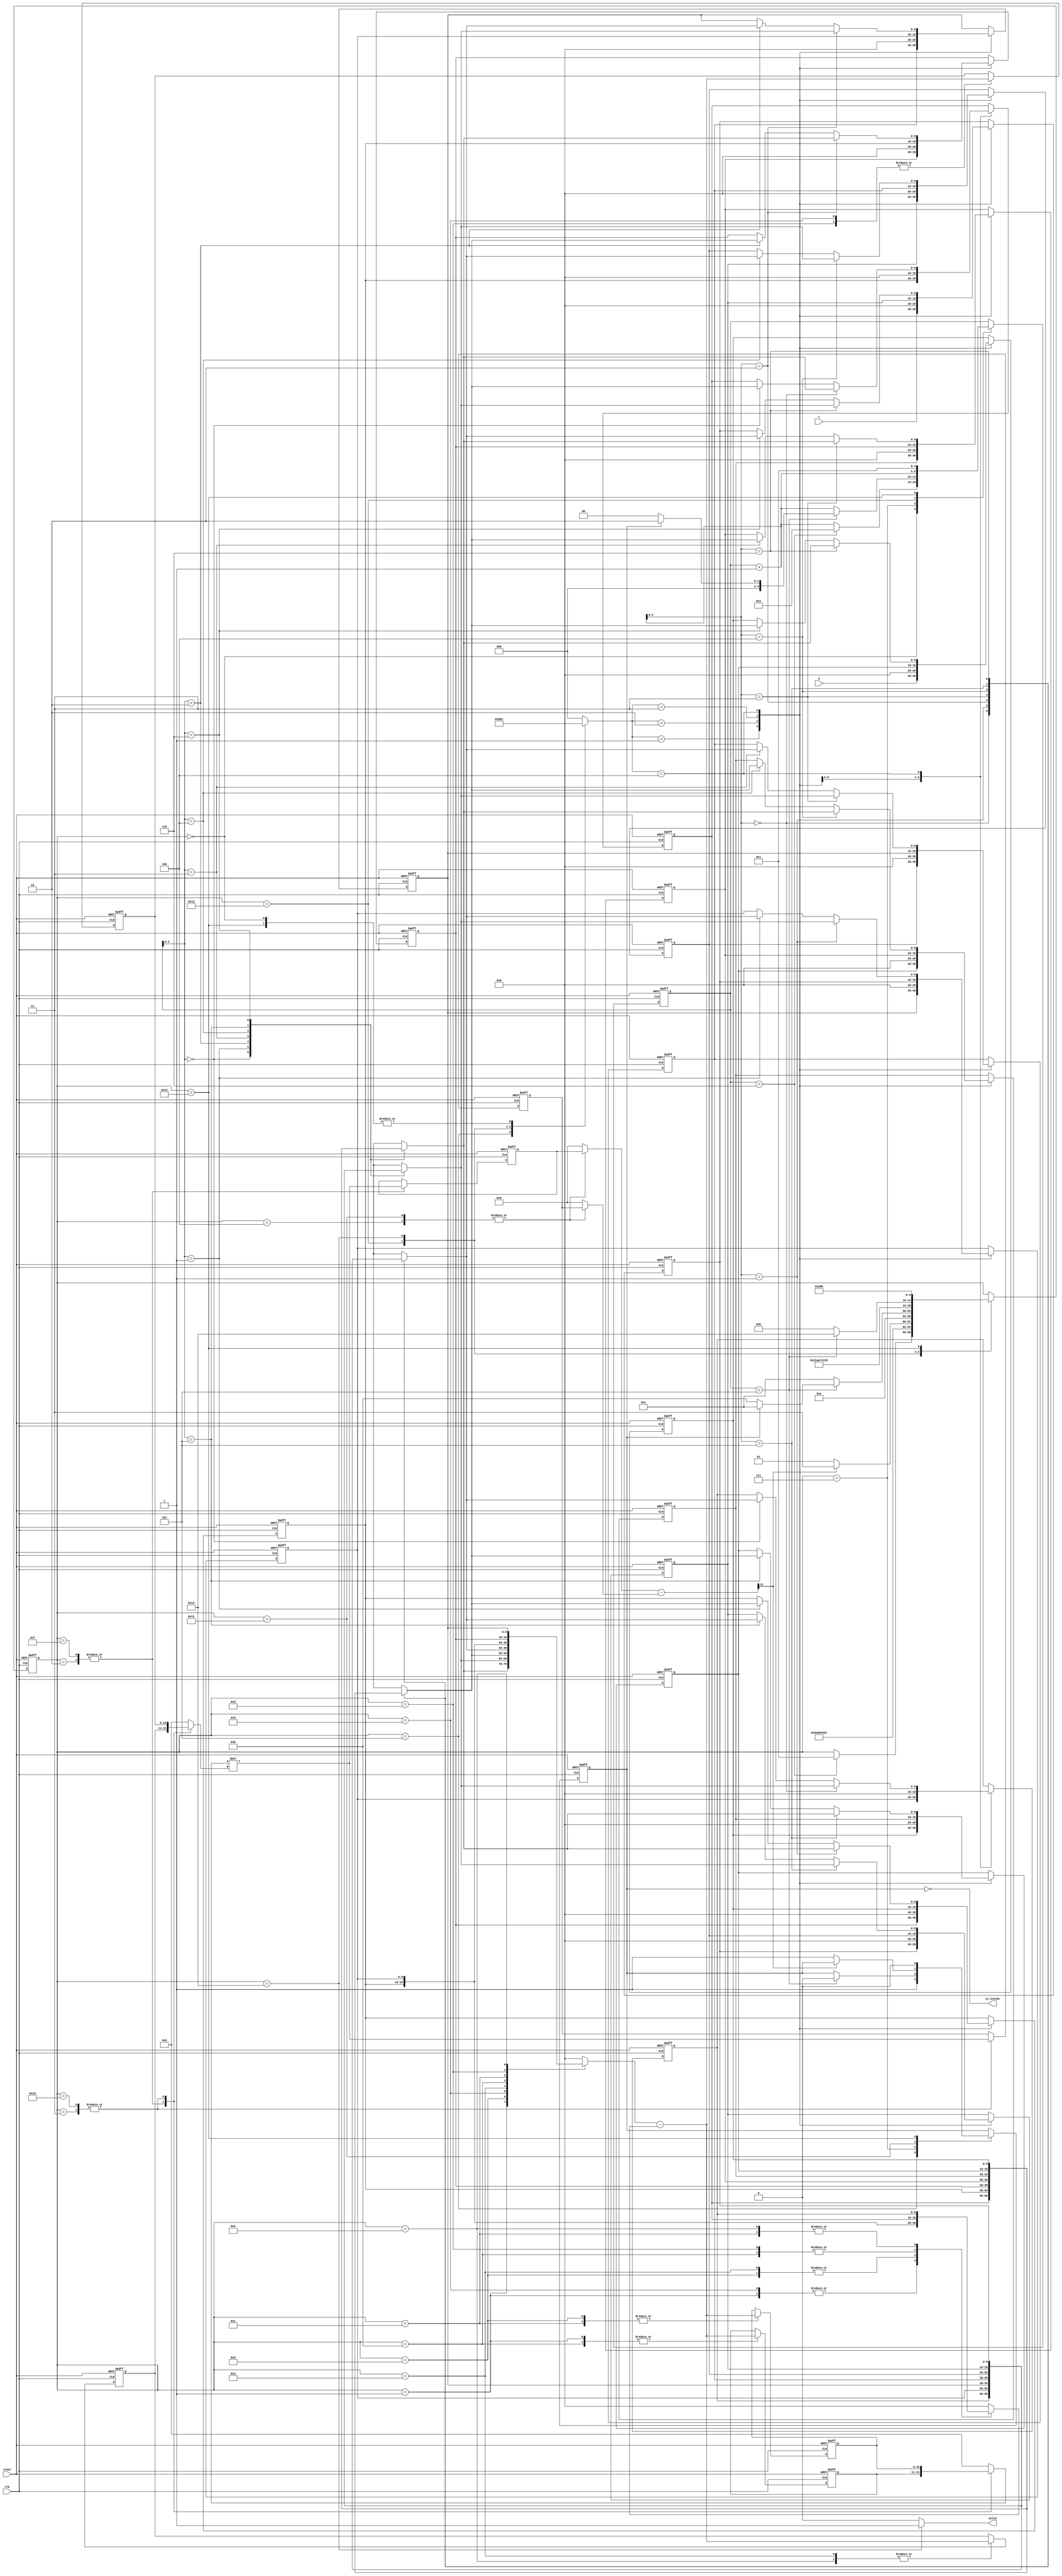
/******************************************************************/
//MODULE:		geofence
//VERSION:		1.0
//CODE TYPE:	RTL
//DESCRIPTION:	2021 University/College IC Design Contest
//
//MODIFICATION HISTORY:
// VERSION Date Description
// 1.0 03/24/2021 testpattern all pass
/******************************************************************/
module geofence ( clk,reset,X,Y,valid,is_inside);
input clk;
input reset;
input [9:0] X;
input [9:0] Y;
output reg valid;
output is_inside;

reg [9:0]x_data[6:0];
reg [9:0]y_data[6:0];
reg [2:0]data_mode;
reg signed [10:0]ax,ay,bx,by;
reg signed [10:0]ax_next,ay_next,bx_next,by_next;
reg fit,fit_next;

reg signed [21:0]ax_by,ay_bx;
reg signed [21:0]ax_by_next,ay_bx_next;

wire signed [21:0]ans;
reg [4:0]count,count_next;
reg [4:0]fsm,fsm_next;

reg signed [10:0]xinA,xinB;
wire signed [21:0]xans;
assign xans = xinA * xinB;

wire [4:0]count_ans,count2;
assign count_ans = count + 5'd1;
assign count2 = count + 5'd2;

reg [21:0]sainA,sainB;
wire [21:0]saans;
assign saans = sainA - sainB;

reg [9:0]sbinA,sbinB;
wire [10:0]sbans;
assign sbans = sbinA - sbinB;

assign is_inside = ~fit;


always@(posedge clk,posedge reset)
if(reset)
begin
	x_data[0] <= 10'd0;
	x_data[1] <= 10'd0;
	x_data[2] <= 10'd0;
	x_data[3] <= 10'd0;
	x_data[4] <= 10'd0;
	x_data[5] <= 10'd0;
	x_data[6] <= 10'd0;
	y_data[0] <= 10'd0;
	y_data[1] <= 10'd0;
	y_data[2] <= 10'd0;
	y_data[3] <= 10'd0;
	y_data[4] <= 10'd0;
	y_data[5] <= 10'd0;
	y_data[6] <= 10'd0;
	
	ax <= 11'd0;
	ay <= 11'd0;
	bx <= 11'd0;
	by <= 11'd0;
	count <= 5'd0;
	fsm <= 5'd0;
	ax_by <= 22'd0;
	ay_bx <= 22'd0;
	fit <= 1'b0; 
end
else
begin
	ax <= ax_next;
	ay <= ay_next;
	bx <= bx_next;
	by <= by_next;
	count <= count_next;
	fsm <= fsm_next;
	ax_by <= ax_by_next;
	ay_bx <= ay_bx_next;
	fit <= fit_next;
	
	case(data_mode)	//synopsys parallel_case
		default:
		begin
			x_data[0] <= x_data[0];
			x_data[1] <= x_data[1];
			x_data[2] <= x_data[2];
			x_data[3] <= x_data[3];
			x_data[4] <= x_data[4];
			x_data[5] <= x_data[5];
			x_data[6] <= x_data[6];
			             
			y_data[0] <= y_data[0];
			y_data[1] <= y_data[1];
			y_data[2] <= y_data[2];
			y_data[3] <= y_data[3];
			y_data[4] <= y_data[4];
			y_data[5] <= y_data[5];
			y_data[6] <= y_data[6];
		end
		3'd1:
		begin
			x_data[0] <= x_data[1];
			x_data[1] <= x_data[2];
			x_data[2] <= x_data[3];
			x_data[3] <= x_data[4];
			x_data[4] <= x_data[5];
			x_data[5] <= x_data[6];
			x_data[6] <= X;
			
			y_data[0] <= y_data[1];
			y_data[1] <= y_data[2];
			y_data[2] <= y_data[3];
			y_data[3] <= y_data[4];
			y_data[4] <= y_data[5];
			y_data[5] <= y_data[6];
			y_data[6] <= Y;
		end
		3'd2:
		begin
			x_data[0] <= 10'd0;
			x_data[1] <= 10'd0;
			x_data[2] <= 10'd0;
			x_data[3] <= 10'd0;
			x_data[4] <= 10'd0;
			x_data[5] <= 10'd0;
			x_data[6] <= 10'd0;
			             
			y_data[0] <= 10'd0;
			y_data[1] <= 10'd0;
			y_data[2] <= 10'd0;
			y_data[3] <= 10'd0;
			y_data[4] <= 10'd0;
			y_data[5] <= 10'd0;
			y_data[6] <= 10'd0;
		end
		3'd3:
		begin
			x_data[0] <= x_data[0];
			x_data[1] <= x_data[6];
			x_data[2] <= x_data[1];
			x_data[3] <= x_data[2];
			x_data[4] <= x_data[3];
			x_data[5] <= x_data[4];
			x_data[6] <= x_data[5];
			
			y_data[0] <= y_data[0];
			y_data[1] <= y_data[6];
			y_data[2] <= y_data[1];
			y_data[3] <= y_data[2];
			y_data[4] <= y_data[3];
			y_data[5] <= y_data[4];
			y_data[6] <= y_data[5];
		end
		3'd4:
		begin
			x_data[count] <= x_data[count_ans];
			x_data[count_ans] <= x_data[count];
			
			y_data[count] <= y_data[count_ans];
			y_data[count_ans] <= y_data[count];
		end
	endcase
end

always@(*)
begin
	case(fsm)
		5'd0:
		begin
			valid = 1'b0;
			data_mode = 3'd1;
			ax_next = ax;
			ay_next = ay;
			bx_next = bx;
			by_next = by;
			ax_by_next = ax_by;
			ay_bx_next = ay_bx;
			count_next = count;
			fsm_next = fsm;
			fit_next = fit;
			xinA = 11'd0;
			xinB = 11'd0;
			sainA = 22'd0;
			sainB = 22'd0;
			sbinA = 10'd0;
			sbinB = 10'd0;
			
			if(count == 5'd6)
			begin
				fsm_next = 5'd1;
				count_next = 5'd2;
			end
			else
			begin
				count_next = count_ans;
			end
		end
		5'd1:
		begin
			valid = 1'b0;
			data_mode = 3'd0;
			ax_next = sbans;
			ay_next = ay;
			bx_next = bx;
			by_next = by;
			ax_by_next = ax_by;
			ay_bx_next = ay_bx;
			count_next = count;
			fsm_next = 5'd8;
			fit_next = fit;
			xinA = 11'd0;
			xinB = 11'd0;
			sainA = 22'd0;
			sainB = 22'd0;
			sbinA = x_data[count];
			sbinB = x_data[1];
		end
		5'd8:
		begin
			valid = 1'b0;
			data_mode = 3'd0;
			ax_next = ax;
			ay_next = sbans;
			bx_next = bx;
			by_next = by;
			ax_by_next = ax_by;
			ay_bx_next = ay_bx;
			count_next = count;
			fsm_next = 5'd9;
			fit_next = fit;
			xinA = 11'd0;
			xinB = 11'd0;
			sainA = 22'd0;
			sainB = 22'd0;
			sbinA = y_data[count];
			sbinB = y_data[1];
		end
		5'd9:
		begin
			valid = 1'b0;
			data_mode = 3'd0;
			ax_next = ax;
			ay_next = ay;
			bx_next = sbans;
			by_next = by;
			ax_by_next = ax_by;
			ay_bx_next = ay_bx;
			count_next = count;
			fsm_next = 5'd10;
			fit_next = fit;
			xinA = 11'd0;
			xinB = 11'd0;
			sainA = 22'd0;
			sainB = 22'd0;
			sbinA = x_data[count_ans];
			sbinB = x_data[1];
		end
		5'd10:
		begin
			valid = 1'b0;
			data_mode = 3'd0;
			ax_next = ax;
			ay_next = ay;
			bx_next = bx;
			by_next = sbans;
			ax_by_next = ax_by;
			ay_bx_next = ay_bx;
			count_next = count;
			fsm_next = 5'd2;
			fit_next = fit;
			xinA = 11'd0;
			xinB = 11'd0;
			sainA = 22'd0;
			sainB = 22'd0;
			sbinA =  y_data[count_ans];
			sbinB =  y_data[1];
		end
		5'd2:
		begin
			valid = 1'b0;
			data_mode = 3'd0;
			ax_next = ax;
			ay_next = ay;
			bx_next = bx;
			by_next = by;
			ax_by_next = xans;
			ay_bx_next = ay_bx;
			count_next = count;
			fsm_next = 5'd3;
			fit_next = fit;
			xinA = ax;
			xinB = by;
			sainA = 22'd0;
			sainB = 22'd0;
			sbinA = 10'd0;
			sbinB = 10'd0;
		end
		5'd3:
		begin
			valid = 1'b0;
			data_mode = 2'd0;
			ax_next = ax;
			ay_next = ay;
			bx_next = bx;
			by_next = by;
			ax_by_next = ax_by;
			ay_bx_next = xans;
			count_next = count;
			fsm_next = 5'd4;
			fit_next = fit;
			xinA = ay;
			xinB = bx;
			sainA = 22'd0;
			sainB = 22'd0;
			sbinA = 10'd0;
			sbinB = 10'd0;
		end
		5'd4:
		begin
			valid = 1'b0;
			data_mode = 3'd0;
			ax_next = ax;
			ay_next = ay;
			bx_next = bx;
			by_next = by;
			ax_by_next = ax_by;
			ay_bx_next = ay_bx;
			count_next = count;
			fsm_next = fsm;
			fit_next = fit;
			xinA = 11'd0;
			xinB = 11'd0;
			sainA = ax_by;
			sainB = ay_bx;
			sbinA = 10'd0;
			sbinB = 10'd0;
			if(saans[21] == 1'b0)
			begin
				fsm_next = 5'd5;
			end
			else
			begin
				fsm_next = 5'd7;
			end
		end
		5'd5:
		begin
			valid = 1'b0;
			data_mode = 3'd4;
			ax_next = ax;
			ay_next = ay;
			bx_next = bx;
			by_next = by;
			ax_by_next = ax_by;
			ay_bx_next = ay_bx;
			count_next = count;
			fsm_next = 5'd7;
			fit_next = 1'b1;
			xinA = 11'd0;
			xinB = 11'd0;
			sainA = 22'd0;
			sainB = 22'd0;
			sbinA = 10'd0;
			sbinB = 10'd0;
		end
		5'd7:
		begin
			valid = 1'b0;
			data_mode = 3'd0;
			ax_next = ax;
			ay_next = ay;
			bx_next = bx;
			by_next = by;
			ax_by_next = ax_by;
			ay_bx_next = ay_bx;
			count_next = count;
			fit_next = fit;
			if(count == 5'd5)
			begin
				if(fit == 1'b1)
				begin
					fsm_next = 5'd1;
					count_next = 5'd2;
					fit_next = 1'b0;
				end
				else
				begin
					count_next = 5'd0;
					fit_next = 1'b0;
					fsm_next = 5'd11;
				end
			end
			else
			begin
				fsm_next = 5'd1;
				count_next = count_ans;
			end
			xinA = 11'd0;
			xinB = 11'd0;
			sainA = 22'd0;
			sainB = 22'd0;
			sbinA = 10'd0;
			sbinB = 10'd0;
		end
		//-------------------------------------------------
		5'd11:
		begin
			valid = 1'b0;
			data_mode = 3'd0;
			ax_next = sbans;
			ay_next = ay;
			bx_next = bx;
			by_next = by;
			ax_by_next = ax_by;
			ay_bx_next = ay_bx;
			count_next = count;
			fsm_next = 5'd12;
			fit_next = fit;
			xinA = 11'd0;
			xinB = 11'd0;
			sainA = 22'd0;
			sainB = 22'd0;
			sbinA = x_data[1];
			sbinB = x_data[0];
		end
		5'd12:
		begin
			valid = 1'b0;
			data_mode = 3'd0;
			ax_next = ax;
			ay_next = sbans;
			bx_next = bx;
			by_next = by;
			ax_by_next = ax_by;
			ay_bx_next = ay_bx;
			count_next = count;
			fsm_next = 5'd13;
			fit_next = fit;
			xinA = 11'd0;
			xinB = 11'd0;
			sainA = 22'd0;
			sainB = 22'd0;
			sbinA = y_data[1];
			sbinB = y_data[0];
		end
		5'd13:
		begin
			valid = 1'b0;
			data_mode = 3'd0;
			ax_next = ax;
			ay_next = ay;
			bx_next = sbans;
			by_next = by;
			ax_by_next = ax_by;
			ay_bx_next = ay_bx;
			count_next = count;
			fsm_next = 5'd14;
			fit_next = fit;
			xinA = 11'd0;
			xinB = 11'd0;
			sainA = 22'd0;
			sainB = 22'd0;
			sbinA = x_data[2];
			sbinB = x_data[0];
		end
		5'd14:
		begin
			valid = 1'b0;
			data_mode = 3'd0;
			ax_next = ax;
			ay_next = ay;
			bx_next = bx;
			by_next = sbans;
			ax_by_next = ax_by;
			ay_bx_next = ay_bx;
			count_next = count;
			fsm_next = 5'd15;
			fit_next = fit;
			xinA = 11'd0;
			xinB = 11'd0;
			sainA = 22'd0;
			sainB = 22'd0;
			sbinA =  y_data[2];
			sbinB =  y_data[0];
		end
		5'd15:
		begin
			valid = 1'b0;
			data_mode = 3'd0;
			ax_next = ax;
			ay_next = ay;
			bx_next = bx;
			by_next = by;
			ax_by_next = xans;
			ay_bx_next = ay_bx;
			count_next = count;
			fsm_next = 5'd16;
			fit_next = fit;
			xinA = ax;
			xinB = by;
			sainA = 22'd0;
			sainB = 22'd0;
			sbinA = 10'd0;
			sbinB = 10'd0;
		end
		5'd16:
		begin
			valid = 1'b0;
			data_mode = 2'd0;
			ax_next = ax;
			ay_next = ay;
			bx_next = bx;
			by_next = by;
			ax_by_next = ax_by;
			ay_bx_next = xans;
			count_next = count;
			fsm_next = 5'd17;
			fit_next = fit;
			xinA = ay;
			xinB = bx;
			sainA = 22'd0;
			sainB = 22'd0;
			sbinA = 10'd0;
			sbinB = 10'd0;
		end
		5'd17:
		begin
			valid = 1'b0;
			data_mode = 3'd0;
			ax_next = ax;
			ay_next = ay;
			bx_next = bx;
			by_next = by;
			ax_by_next = ax_by;
			ay_bx_next = ay_bx;
			count_next = count;
			fsm_next = 5'd18;
			fit_next = fit;
			xinA = 11'd0;
			xinB = 11'd0;
			sainA = ax_by;
			sainB = ay_bx;
			sbinA = 10'd0;
			sbinB = 10'd0;
			if(saans[21] == 1'b0)
			begin
				fit_next = 1'b1;
			end
		end
		5'd18:
		begin
			valid = 1'b0;
			data_mode = 3'd3;
			ax_next = ax;
			ay_next = ay;
			bx_next = bx;
			by_next = by;
			ax_by_next = ax_by;
			ay_bx_next = ay_bx;
			count_next = count_ans;
			if(count == 5'd5)
			begin
				fsm_next = 5'd19;
			end
			else
			begin
				fsm_next = 5'd11;
			end
			fit_next = fit;
			xinA = 11'd0;
			xinB = 11'd0;
			sainA = 22'd0;
			sainB = 22'd0;
			sbinA = 10'd0;
			sbinB = 10'd0;
		end
		5'd19:
		begin
			valid = 1'b1;
			data_mode = 3'd2;
			ax_next = ax;
			ay_next = ay;
			bx_next = bx;
			by_next = by;
			ax_by_next = ax_by;
			ay_bx_next = ay_bx;
			count_next = count;
			fsm_next = 5'd20;
			fit_next = fit;
			xinA = 11'd0;
			xinB = 11'd0;
			sainA = 22'd0;
			sainB = 22'd0;
			sbinA = 10'd0;
			sbinB = 10'd0;
		end
		5'd20:
		begin
			valid = 1'b0;
			data_mode = 3'd1;
			ax_next = ax;
			ay_next = ay;
			bx_next = bx;
			by_next = by;
			ax_by_next = ax_by;
			ay_bx_next = ay_bx;
			count_next = 5'd1;
			fsm_next = 5'd0;
			fit_next = 1'b0;
			xinA = 11'd0;
			xinB = 11'd0;
			sainA = 22'd0;
			sainB = 22'd0;
			sbinA = 10'd0;
			sbinB = 10'd0;
		end
		default:
		begin
			valid = 1'b0;
			data_mode = 3'd0;
			ax_next = ax;
			ay_next = ay;
			bx_next = bx;
			by_next = by;
			ax_by_next = ax_by;
			ay_bx_next = ay_bx;
			count_next = count;
			fsm_next = fsm;
			fit_next = fit;
			xinA = 11'd0;
			xinB = 11'd0;
			sainA = 22'd0;
			sainB = 22'd0;
			sbinA = 10'd0;
			sbinB = 10'd0;
		end
	endcase
end




endmodule